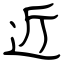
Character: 近